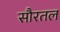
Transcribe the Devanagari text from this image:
सौरतल